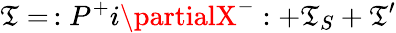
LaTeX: \mathfrak{T}=\, :P^{+}i\partialX^{-}:+\mathfrak{T}_{S}+\mathfrak{T}^{\prime}